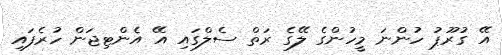
އޭ ގުރޫޕު ހުންނަ މީހުންގެ ލޭގެ ރަތް ސެލްގައި އޭ އެންޓިޖަން ހުރެފައި